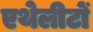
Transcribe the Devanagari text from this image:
एथेलीटों